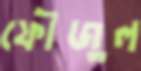
ফৌজুল